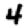
Digit: 4